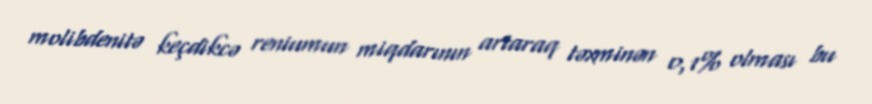
molibdenitə keçdikcə reniumun miqdarının artaraq təxminən 0,1% olması bu